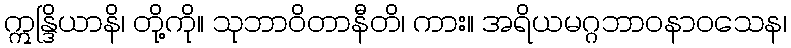
ဣန္ဒြိယာနိ၊ တို့ကို။ သုဘာဝိတာနီတိ၊ ကား။ အရိယမဂ္ဂဘာဝနာဝသေန၊